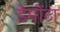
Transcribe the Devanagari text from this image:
डेमोंटा